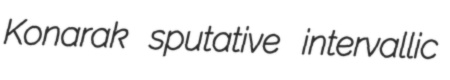
Konarak sputative intervallic